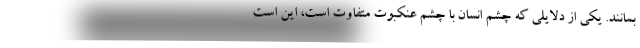
بمانند. یکی از دلایلی که چشم انسان با چشم عنکبوت متفاوت است، این است